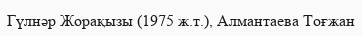
Гүлнәр Жорақызы (1975 ж.т.), Алмантаева Тоғжан